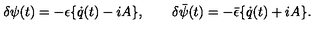
\delta \psi ( t ) = - \epsilon \{ \dot { q } ( t ) - i A \} , \qquad \delta \bar { \psi } ( t ) = - \bar { \epsilon } \{ \dot { q } ( t ) + i A \} .